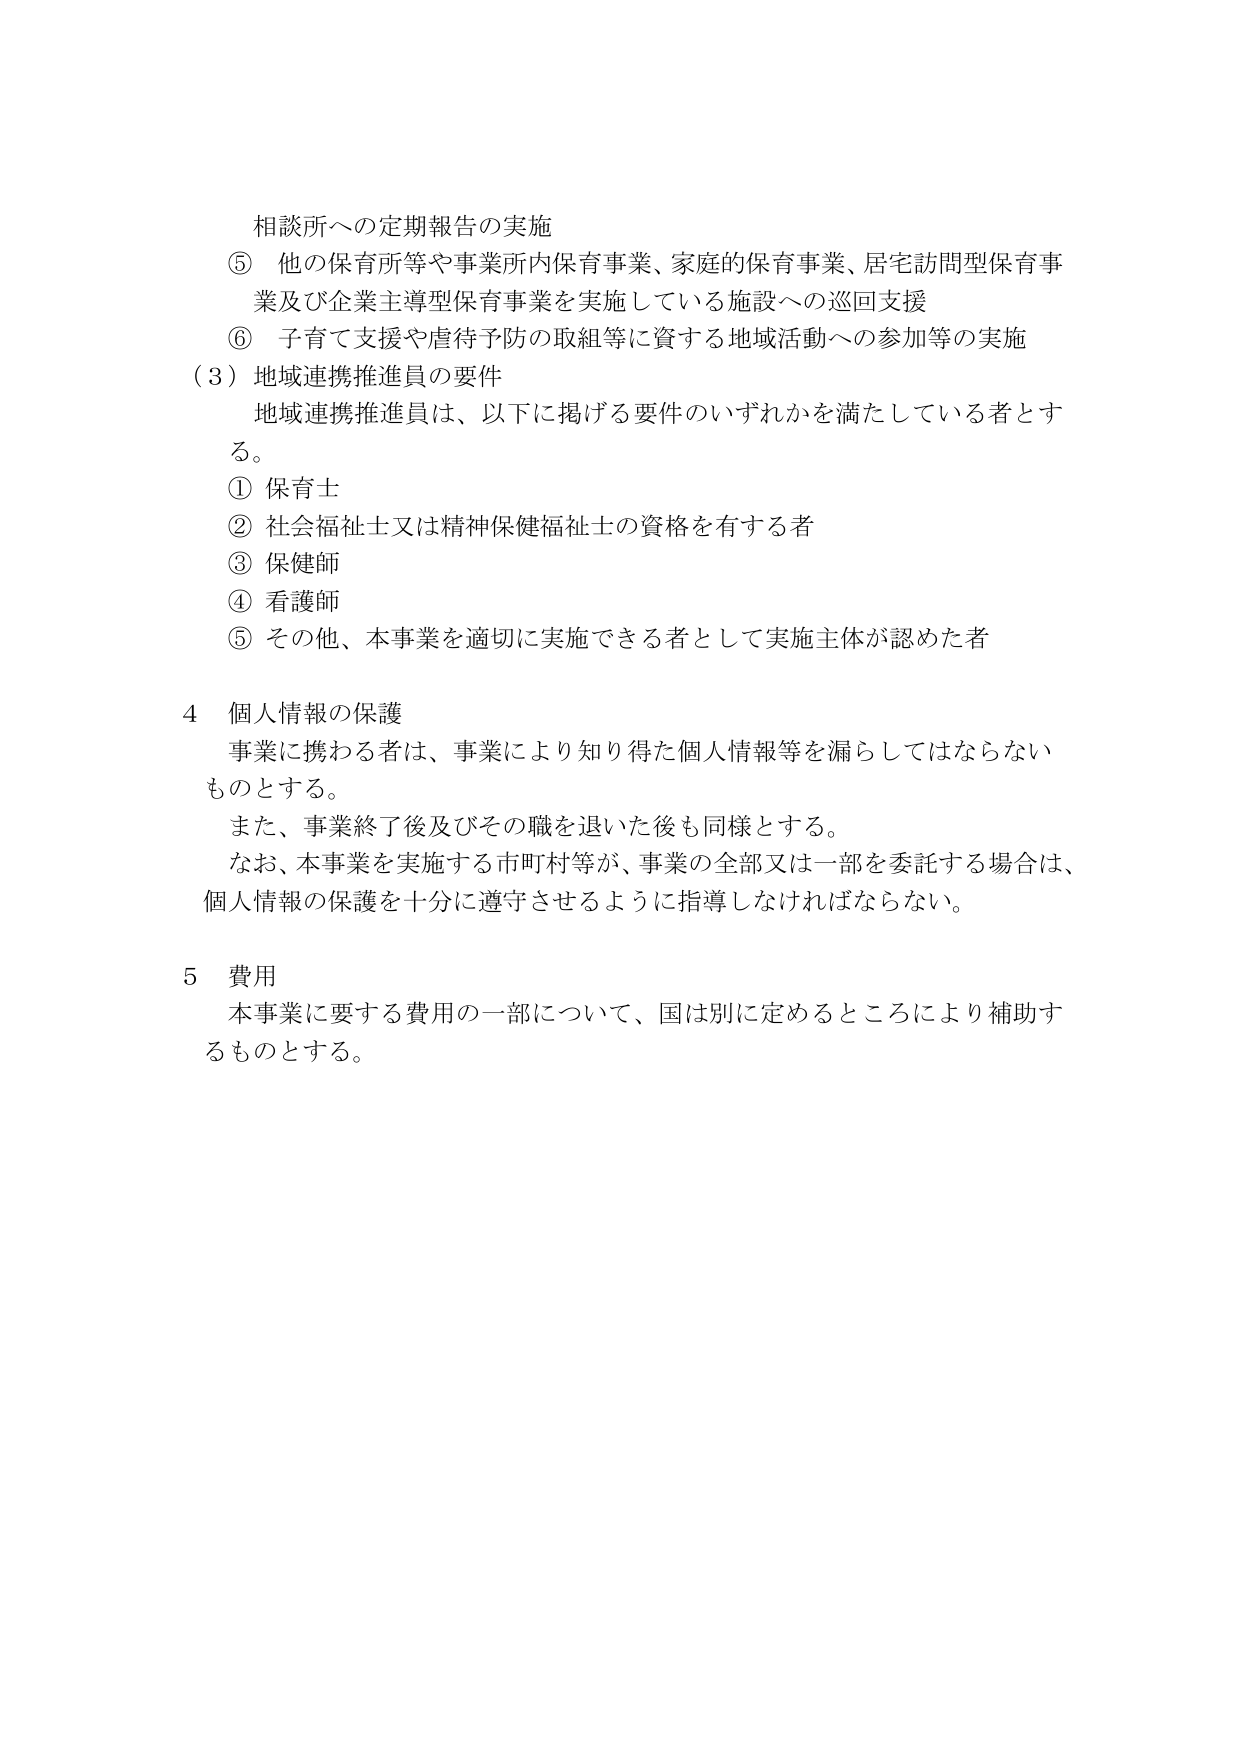
相談所への定期報告の実施
⑤ 他の保育所等や事業所内保育事業、家庭的保育事業、居宅訪問型保育事業及び企業主導型保育事業を実施している施設への巡回支援
⑥ 子育て支援や虐待予防の取組等に資する地域活動への参加等の実施
（3）地域連携推進員の要件
地域連携推進員は、以下に掲げる要件のいずれかを満たしている者とする。
① 保育士
② 社会福祉士又は精神保健福祉士の資格を有する者
③ 保健師
④ 看護師
⑤ その他、本事業を適切に実施できる者として実施主体が認めた者

4 個人情報の保護
事業に携わる者は、事業により知り得た個人情報等を漏らしてはならないものとする。
また、事業終了後及びその職を退いた後も同様とする。
なお、本事業を実施する市町村等が、事業の全部又は一部を委託する場合は、個人情報の保護を十分に遵守させるように指導しなければならない。

5 費用
本事業に要する費用の一部について、国は別に定めるところにより補助するものとする。